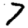
Digit: 7